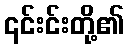
၎င်းင်းတို့၏